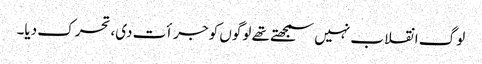
لوگ انقلاب نہیں سمجھتے تھے لوگوں کو جرأت دی، تحرک دیا۔